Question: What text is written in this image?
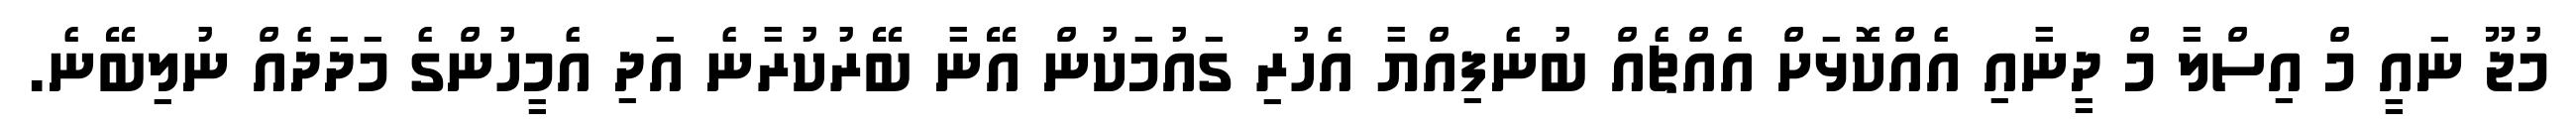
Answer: މުޖޫ ނައީ މް އިސްލާ މް ދީނާއި އެއްކޮޅަށް އެއްޗެއް ބުނެފިއްޔާ އެހުރި ގައުމަކުން އޭނާ ބޭރުކުރާނެ އަދި އެމީހުންގެ މަދަދެއް ނުލިބޭނެ.